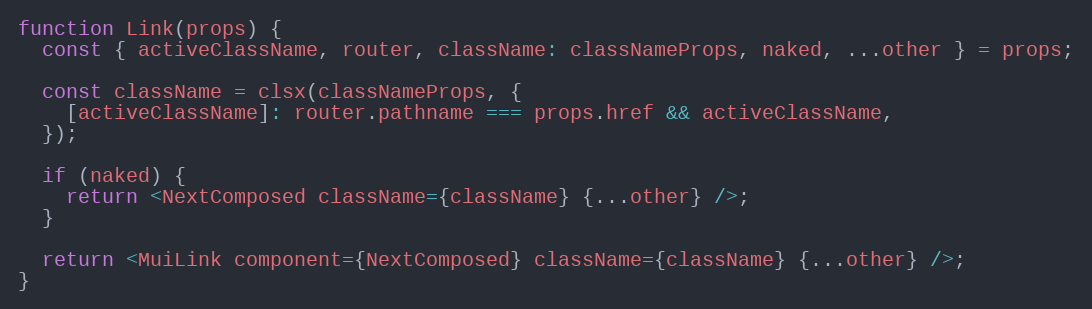
Language: JavaScript
function Link(props) {
  const { activeClassName, router, className: classNameProps, naked, ...other } = props;

  const className = clsx(classNameProps, {
    [activeClassName]: router.pathname === props.href && activeClassName,
  });

  if (naked) {
    return <NextComposed className={className} {...other} />;
  }

  return <MuiLink component={NextComposed} className={className} {...other} />;
}